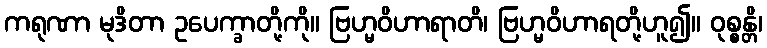
ကရုဏာ မုဒိတာ ဥပေက္ခာတို့ကို။ ဗြဟ္မဝိဟာရာတိ၊ ဗြဟ္မဝိဟာရတို့ဟူ၍။ ဝုစ္စန္တိ၊